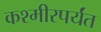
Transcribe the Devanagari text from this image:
कश्मीरपर्यंत